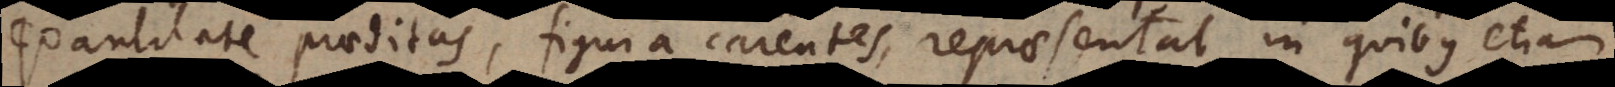
quantitate praeditas, figura carentes, repraesentat, in quibus etiam